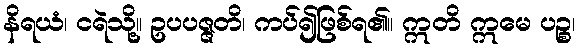
နိရယံ၊ ငရဲသို့။ ဥပပဇ္ဇတိ၊ ကပ်၍ဖြစ်ရ၏။ ဣတိ ဣမေ ပဉ္စ၊